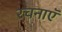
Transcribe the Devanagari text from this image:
रचनाएॅ